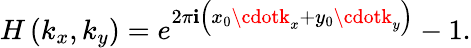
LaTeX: H\left(k_{x},k_{y}\right)=e^{2\pi\mathbf{i}\left(x_{0}\cdotk_{x}+y_{0}\cdotk_{y}\right)}-1.